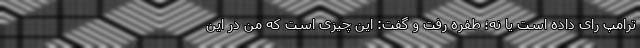
ترامپ رای داده است یا نه؛ طفره رفت و گفت: این چیزی است که من در این